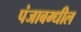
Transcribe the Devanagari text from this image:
पंजाबम्धील